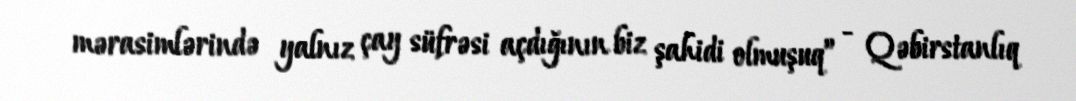
mərasimlərində yalnız çay süfrəsi açdığının biz şahidi olmuşuq” - Qəbirstanlıq